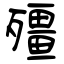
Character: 殭